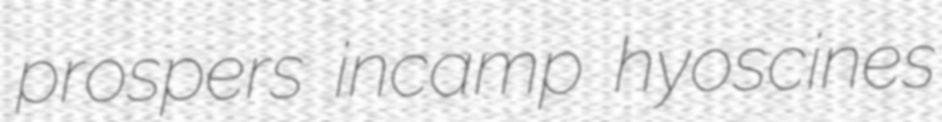
prospers incamp hyoscines